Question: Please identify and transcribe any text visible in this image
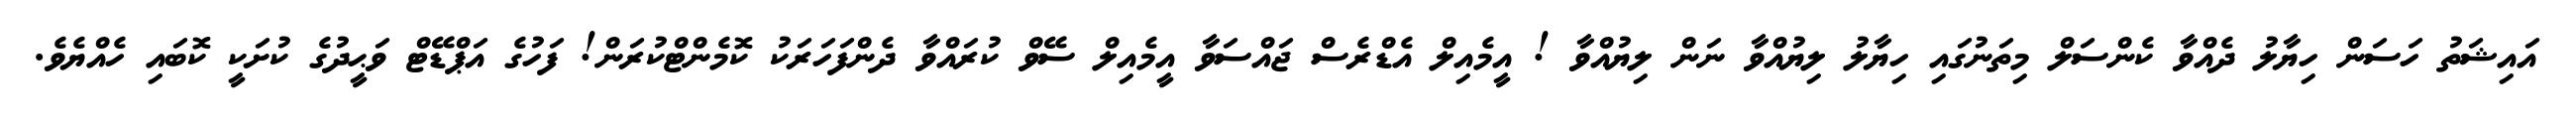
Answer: އައިޝަތު ހަސަން ހިޔާލު ދެއްވާ ކެންސަލް މިތަނުގައި ހިޔާލު ލިޔުއްވާ ނަން ލިޔުއްވާ ! އީމެއިލް އެޑްރެސް ޖައްސަވާ އީމެއިލް ސޭވް ކުރައްވާ ދެންފަހަރަކު ކޮމެންޓްކުރަން! ފަހުގެ އަޕްޑޭޓް ވަޙީދުގެ ކުށަކީ ކޮބައި ހެއްޔެވެ.